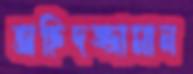
অহিদজ্জামান